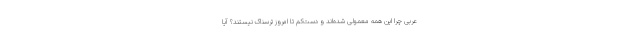
عربی چرا این همه معمولی شده‌اند و دست‌کم تا امروز ترسناک نیستند؟ آیا